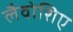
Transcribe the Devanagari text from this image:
लैवोशिए